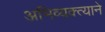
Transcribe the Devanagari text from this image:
अभिव्यक्त्याने